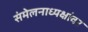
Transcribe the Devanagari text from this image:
संमेलनाध्यक्षांवर